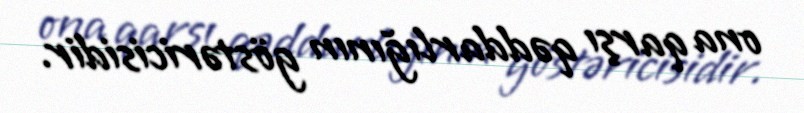
ona qarşı qəddarlığının göstəricisidir.